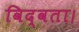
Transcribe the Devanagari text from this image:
विद्वता।